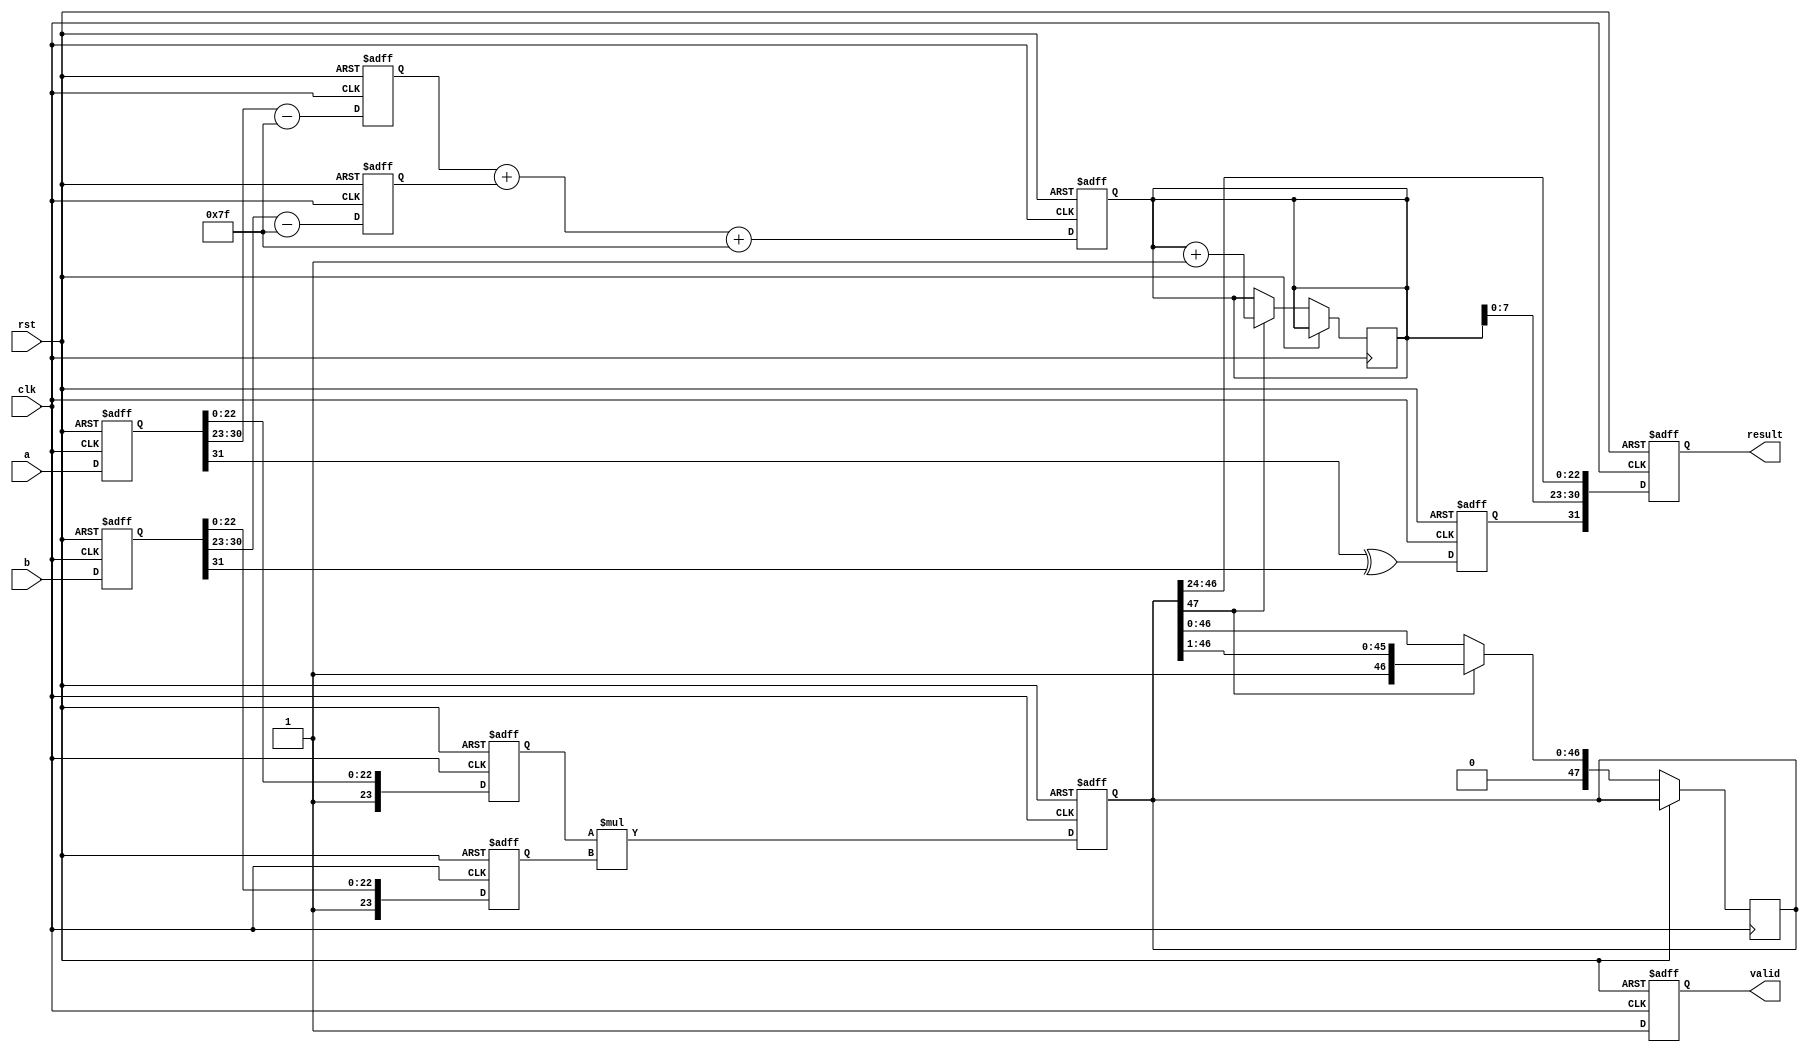
module pipelined_fp_multiplier (
    input clk,
    input rst,
    input [31:0] a, // First operand (floating-point)
    input [31:0] b, // Second operand (floating-point)
    output reg [31:0] result, // Result (floating-point)
    output reg valid // Signal to indicate valid output
);

    // Pipeline registers
    reg [31:0] a_reg, b_reg; // Input stage
    reg [23:0] mantissa_a, mantissa_b; // Normalization stage
    reg [7:0] exponent_a, exponent_b; // Normalization stage
    reg [47:0] mantissa_product; // Multiplication stage
    reg [8:0] exponent_result; // Exponent calculation stage
    reg sign_result; // Final sign result

    // Stage 1: Input Stage
    always @(posedge clk or posedge rst) begin
        if (rst) begin
            a_reg <= 32'b0;
            b_reg <= 32'b0;
        end else begin
            a_reg <= a;
            b_reg <= b;
        end
    end

    // Stage 2: Normalization Stage
    always @(posedge clk or posedge rst) begin
        if (rst) begin
            mantissa_a <= 24'b0;
            mantissa_b <= 24'b0;
            exponent_a <= 8'b0;
            exponent_b <= 8'b0;
        end else begin
            mantissa_a <= {1'b1, a_reg[22:0]}; // Implicit leading 1
            mantissa_b <= {1'b1, b_reg[22:0]}; // Implicit leading 1
            exponent_a <= a_reg[30:23] - 8'd127; // Adjust for bias
            exponent_b <= b_reg[30:23] - 8'd127; // Adjust for bias
        end
    end

    // Stage 3: Multiplication Stage
    always @(posedge clk or posedge rst) begin
        if (rst) begin
            mantissa_product <= 48'b0;
        end else begin
            mantissa_product <= mantissa_a * mantissa_b; // Multiply mantissas
        end
    end

    // Stage 4: Exponent Calculation Stage
    always @(posedge clk or posedge rst) begin
        if (rst) begin
            exponent_result <= 9'b0;
            sign_result <= 1'b0;
        end else begin
            exponent_result <= exponent_a + exponent_b + 8'd127; // Result exponent with bias
            sign_result <= a_reg[31] ^ b_reg[31]; // XOR for sign
        end
    end

    // Stage 5: Normalization Output Stage
    always @(posedge clk or posedge rst) begin
        if (rst) begin
            result <= 32'b0;
        end else begin
            // Normalize mantissa_product if necessary
            if (mantissa_product[47]) begin
                // If mantissa is greater than 1, shift right
                mantissa_product <= mantissa_product >> 1;
                exponent_result <= exponent_result + 1;
            end
            // Prepare the result
            result <= {sign_result, exponent_result[7:0], mantissa_product[46:24]}; // Truncate mantissa to fit
        end
    end

    // Stage 6: Output Stage
    always @(posedge clk or posedge rst) begin
        if (rst) begin
            valid <= 1'b0;
        end else begin
            valid <= 1'b1; // Indicate output is valid
        end
    end

endmodule